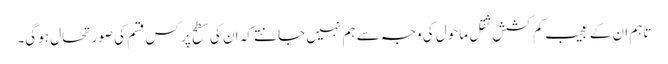
تاہم ان کے عجیب کم کشش ثقل ماحول کی وجہ سے ہم نہیں جانتے کہ ان کی سطح پر کس قسم کی صورتحال ہوگی۔